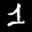
Label: 1